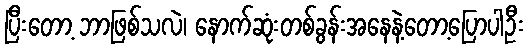
ပြီးတော့ ဘာဖြစ်သလဲ၊ နောက်ဆုံးတစ်ခွန်းအနေနဲ့တော့ပြောပါဦး